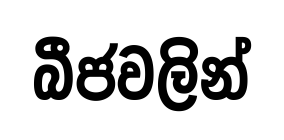
බීජවලින්